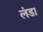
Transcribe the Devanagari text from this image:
लंडा